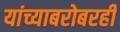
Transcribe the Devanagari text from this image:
यांच्याबरोबरही